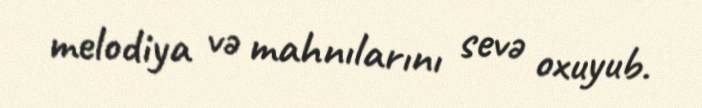
melodiya və mahnılarını sevə oxuyub.